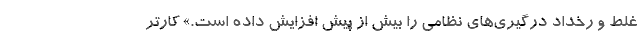
غلط و رخداد درگیری‌های نظامی را بیش از پیش افزایش داده است.» کارتر